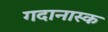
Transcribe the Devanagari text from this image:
गदानास्क